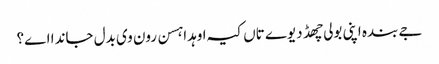
جے بندہ اپنی بولی چھڈ دیوے تاں کیہ اوہدا ہسن رون وی بدل جاندا اے؟